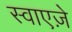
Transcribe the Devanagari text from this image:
स्वाएज़े